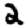
Digit: 2